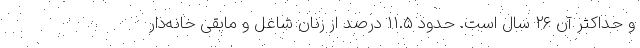
و حداکثر آن ۲۶ سال است. حدود ۱۱.۵ درصد از زنان شاغل و مابقی خانه‌دار